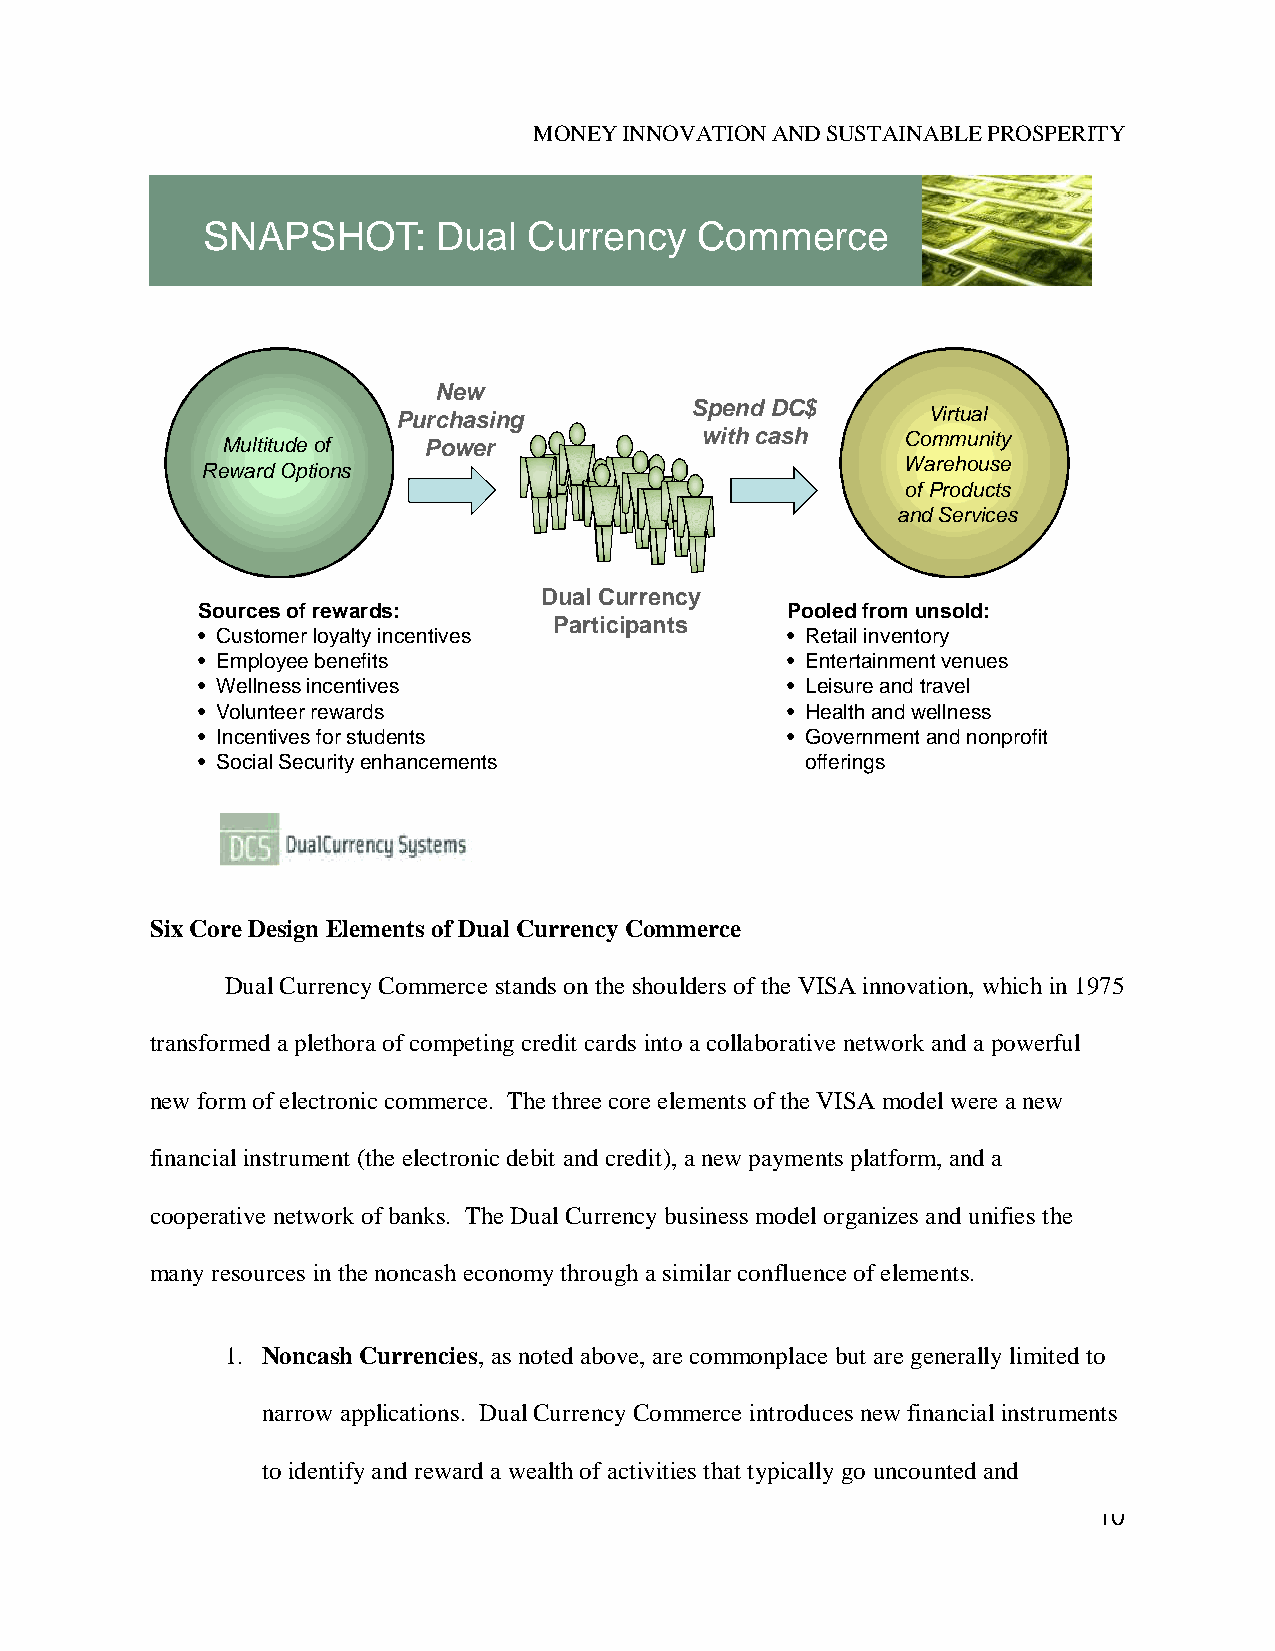
MONEY INNOVATION AND SUSTAINABLE PROSPERITY
 SNAPSHOT:       Dual  Currency   Commerce
 New
 Spend DC$
 Purchasing                         Virtual
 with cash     Community
 Multitude of Power
 Warehouse
 Reward Options
 of Products
 and Services
 Dual Currency
 Sources of rewards:                    Pooled from unsold:
 Participants
 • Customer loyalty incentives          • Retail inventory
 • Employee benefits                    • Entertainment venues
 • Wellness incentives                  • Leisure and travel
 • Volunteer rewards                    • Health and wellness
 • Incentives for students              • Government and nonprofit
 • Social Security enhancements          offerings
 Six Core Design Elements of Dual Currency Commerce
 Dual Currency Commerce stands on the shoulders of the VISA innovation, which in 1975
 transformed a plethora of competing credit cards into a collaborative network and a powerful
 new form of electronic commerce. The three core elements of the VISA model were a new
 financial instrument (the electronic debit and credit), a new payments platform, and a
 cooperative network of banks. The Dual Currency business model organizes and unifies the
 many resources in the noncash economy through a similar confluence of elements.
 1. Noncash Currencies, as noted above, are commonplace but are generally limited to
 narrow applications. Dual Currency Commerce introduces new financial instruments
 to identify and reward a wealth of activities that typically go uncounted and
 10